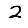
Digit: 2